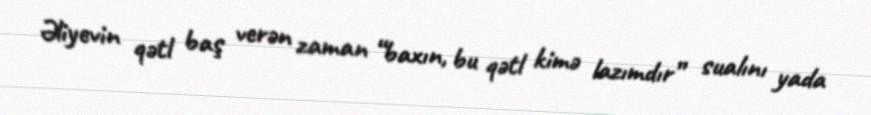
Əliyevin qətl baş verən zaman “baxın, bu qətl kimə lazımdır” sualını yada